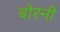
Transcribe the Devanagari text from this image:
बोरनी